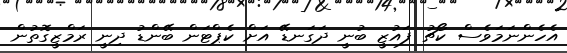
އެހެންނަމަވެސް ކޯޗު ފައުޒީ ބުނީ ދަގަނޑޭ އަށް ކެޕްޓަން ބޭންޑު ދިނީ ރަމްޒީގޮތުން